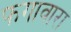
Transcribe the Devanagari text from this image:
फगावारा